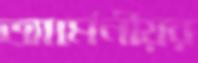
আর্মেনীয়র